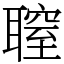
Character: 䏄